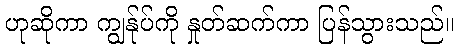
ဟုဆိုကာ ကျွန်ုပ်ကို နှုတ်ဆက်ကာ ပြန်သွားသည်။